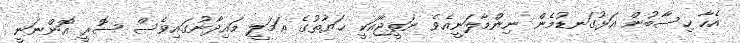
އެހާ ހިސާބުން އަޅުގަނޑުމެން ނިންމާލަނީއެވެ ނަތީޖާއަކީ ޙަޔާތުގެ ޢަމަލީ މައިދާނުގައިވެސް ސޮރީ އޮންނަނީ